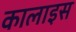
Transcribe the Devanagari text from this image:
कालाइस